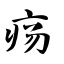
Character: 疡